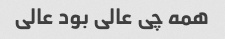
همه چی عالی بود عالی